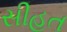
સીહત